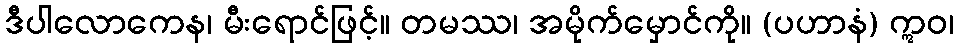
ဒီပါလောကေန၊ မီးရောင်ဖြင့်။ တမဿ၊ အမိုက်မှောင်ကို။ (ပဟာနံ) ဣဝ၊